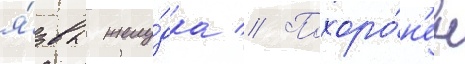
я́звы желу́дка // Похоро́н'ен